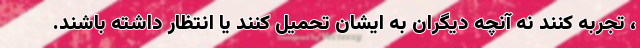
، تجربه کنند نه آنچه دیگران به ایشان تحمیل کنند یا انتظار داشته باشند.